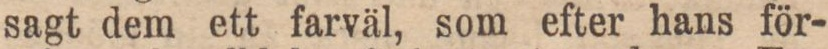
sagt dem ett farväl, som efter hans för-